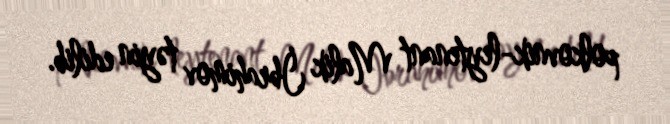
polkovnik-leytenant Malik İbrahimov təyin edilib.